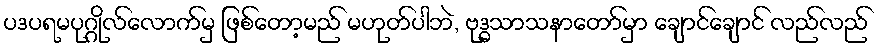
ပဒပရမပုဂ္ဂိုလ်လောက်မှ ဖြစ်တော့မည် မဟုတ်ပါဘဲ, ဗုဒ္ဓသာသနာတော်မှာ ချောင်ချောင် လည်လည်